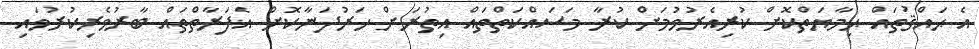
އެ ޙައްޤުތައް ޙިމާޔަތްކޮށް ކުރިއެރުވުމަށް ކުރާ މަސައްކަތްތައް އިތުރަށް ހަރުދަނާކޮށް އެފަރާތްތައް ބާރުވެރިކުރުވައި